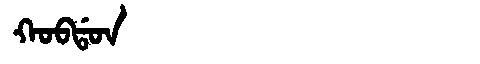
Manchu: ᡴᠣᠪᡩᠣᠨ
Romanization: KOBDON